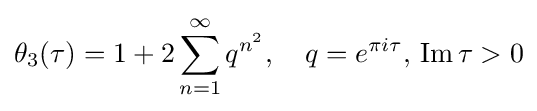
\theta _{3}(\tau )=1+2\sum _{n=1}^{\infty }q^{n^{2}},\quad q=e^{\pi i\tau },\,\operatorname {Im} \tau >0